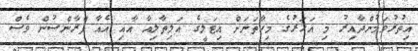
އިތުރުވަމުންދާއިރު މި އަހަރުގެ މިހާތަނަށް އިޓަަލީގެ އަލިތާލިއާ އާއި އެއާ ފްރާންސުން ވެސް